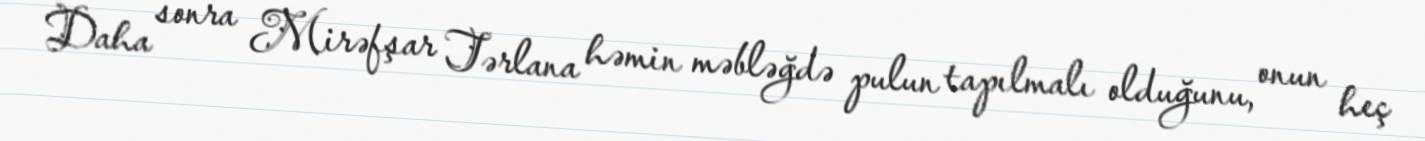
Daha sonra Mirəfşar Tərlana həmin məbləğdə pulun tapılmalı olduğunu, onun heç